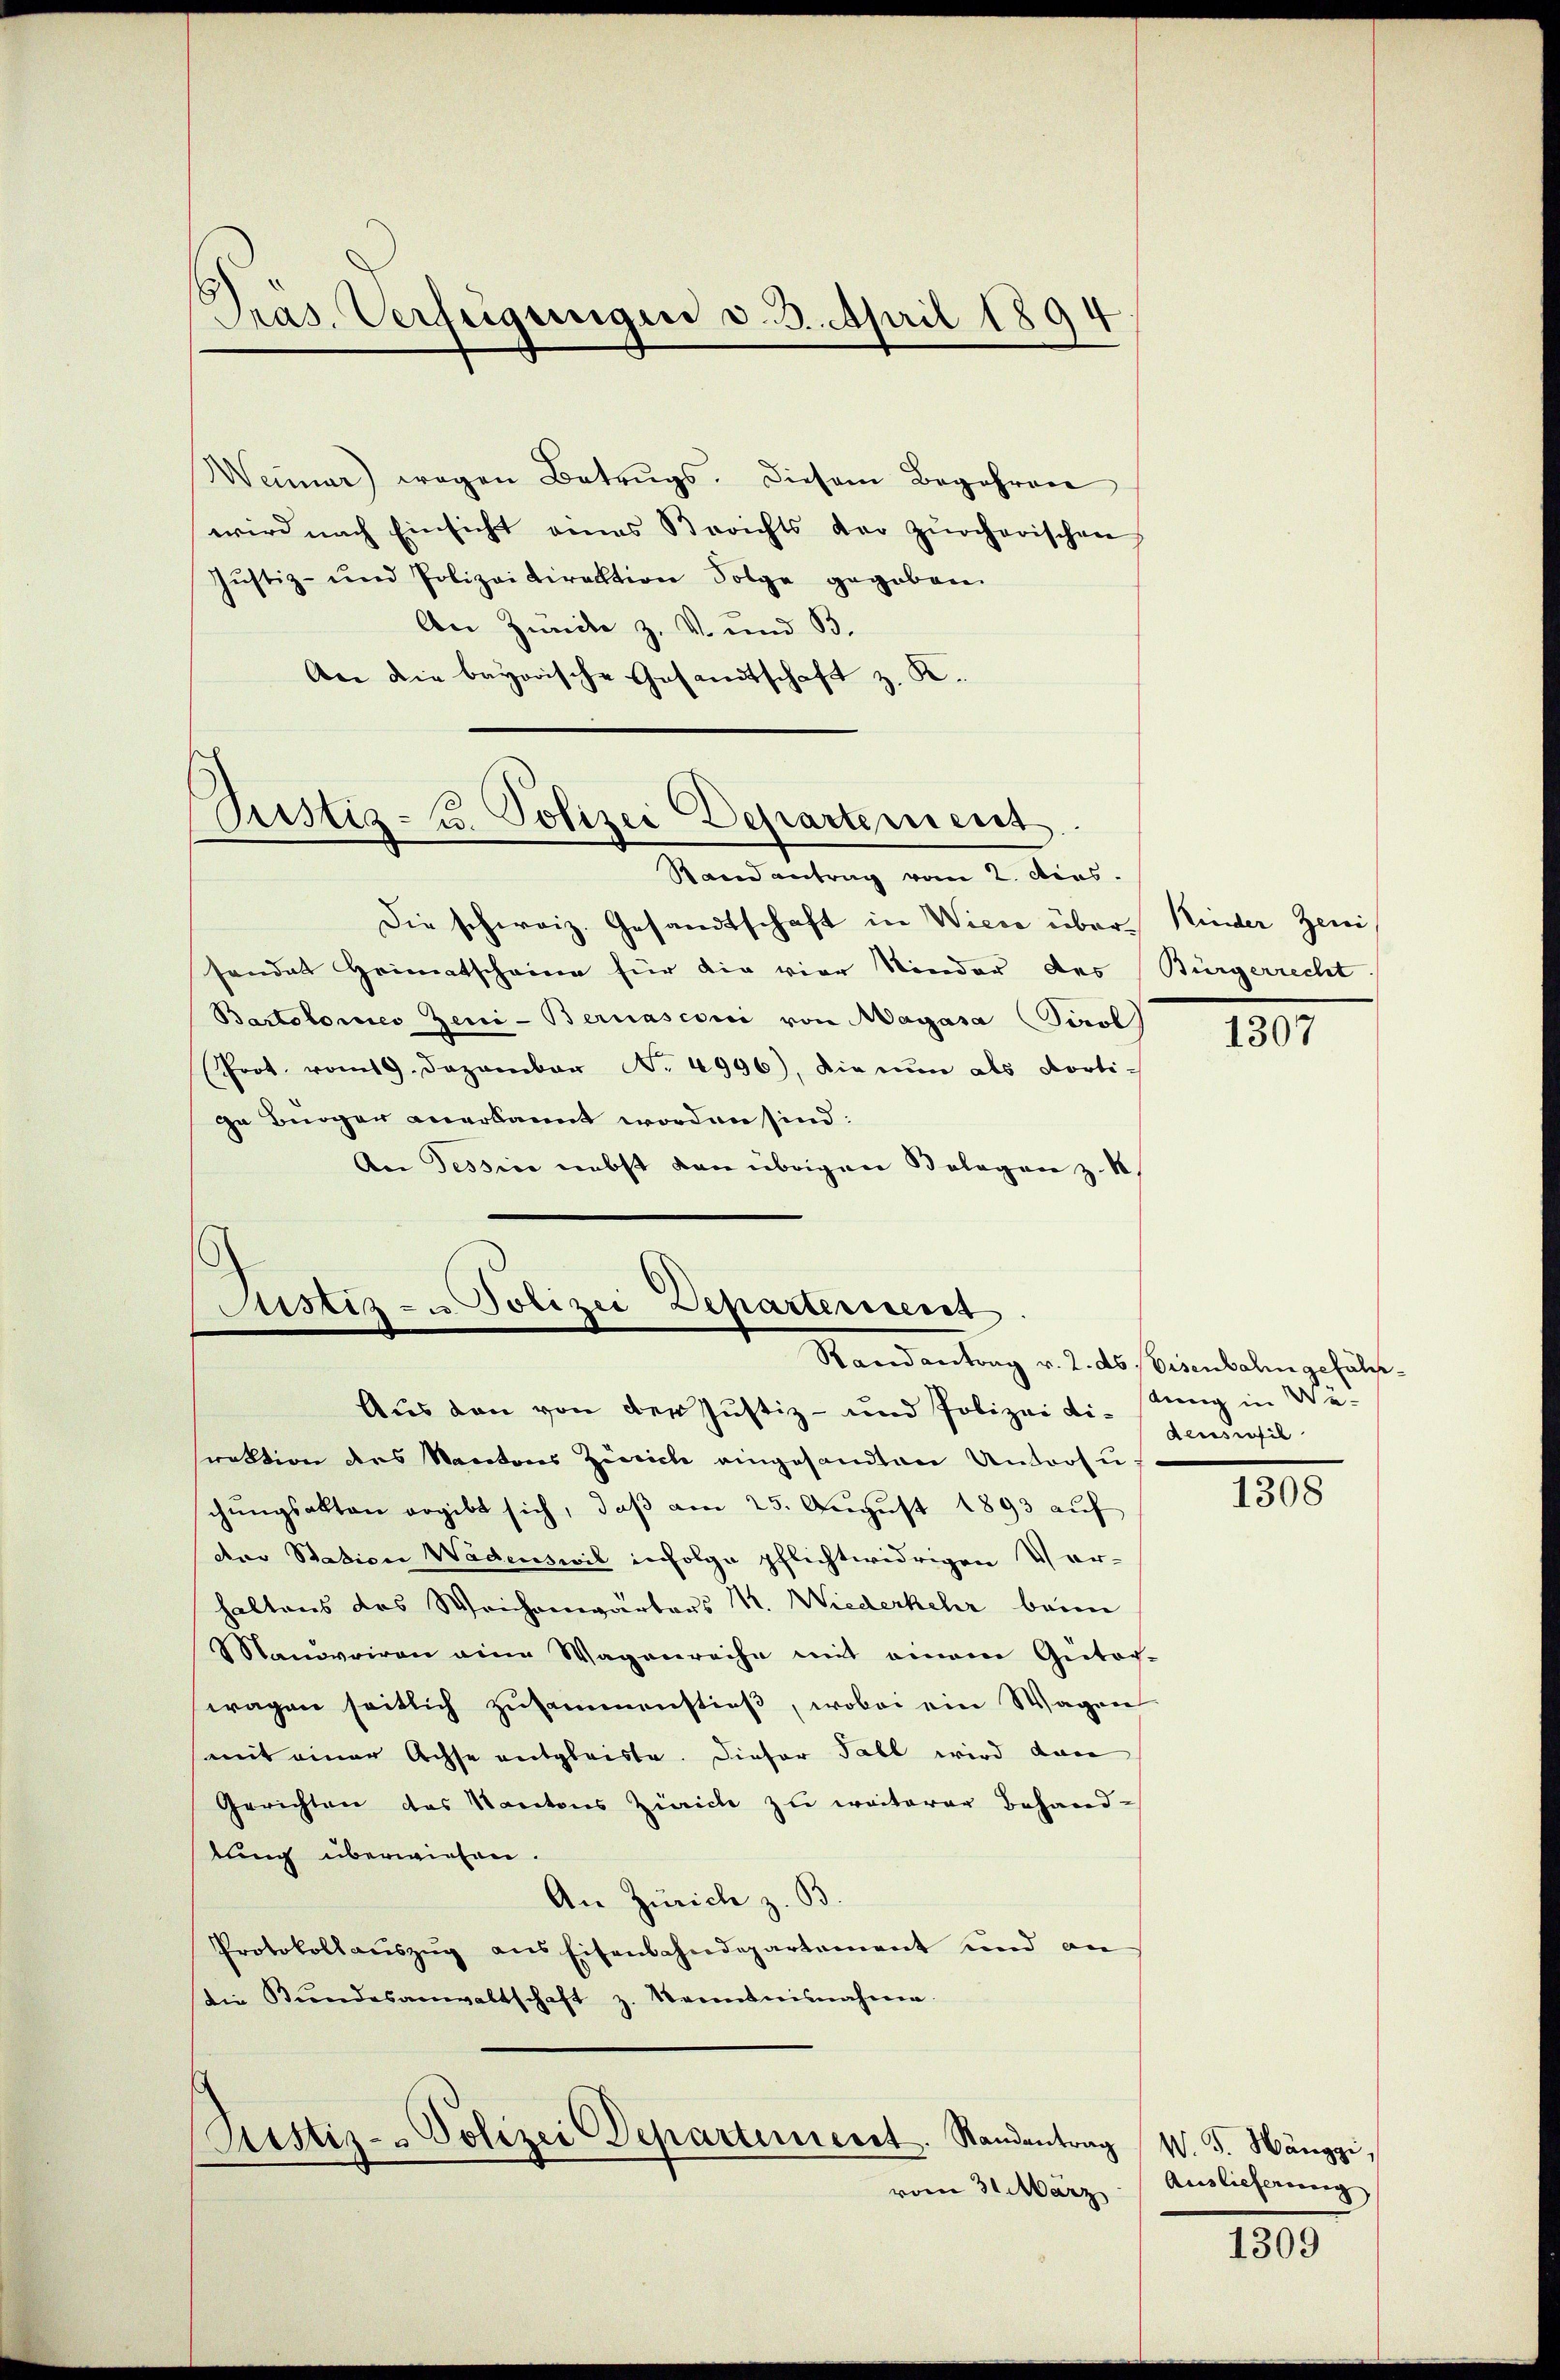
Präs. Verfeigungen d. 3. April 1894

Weimar) wegen Betrugs. Diesem Begehren
wird nach Einsicht eines Berichts der zürcherischen
Justiz- und Polizeidirektion Folge gegeben.
An Züncke z. V. und B.
An die bayorische Gesandtschaft z. K.

Pustiz- u. Polizei Departement
Stand antrag vom 2. dies

Die schweiz. Gesandtschaft in Wiese über Kinder Zeni
sandat Heimatscheine für die vier Nieder des Bürgerrecht
Bartolomes Zeui-Bernasconi von Magasa (Tirol
Prot. vom 19. Dezember No. 4996), die nŭn als Porti-
ge Bürger anerkannt worden sind:
An Tessin nebst den übrigen Belegen z. B.

Astiz- u Polizei Departement.
Randantrag v. 2. ds. Beisenbahn gehülfe

Aus den von der Justiz- und Polizeidi-stung in Wesektion des Kantons Zürich eingesandten Untersuschŭngsakten ergibt sich, daβ am 25. Aŭgŭst 1893 auf
der Station Wädenswil infolge pflichtwidrigen Ver-
haltens des Weichenwärters M. Wiederkehr beim
Manövriren eine Wagenreihe mit einem Gutach-
wagen seitlich zusammenstieß, wobei ein Wagen
mit einer Achse entgleiste. Dieser Fall wird dann
Gerichten des Kantons Zürich zu weiterer Behand-
lung überwiesen.
An Zürich z. B.
Protokollauszug aus Eisenbahndepartement und an
Die Bŭndesanwaltschaft z. Kenntnisnahme.
Rustiz- & Polizei Departement. Standentrag W. G. Hänggi,
vom 31. März

1307

densweil

1308

Auslieferung

1309